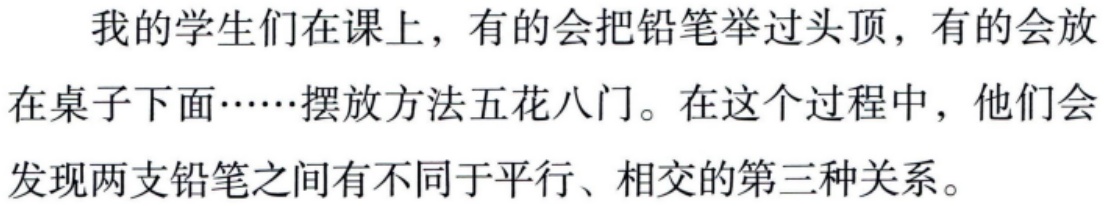
我的学生们在课上，有的会把铅笔举过头顶，有的会放在桌子下面……摆放方法五花八门。在这个过程中，他们会发现两支铅笔之间有不同于平行、相交的第三种关系。